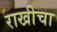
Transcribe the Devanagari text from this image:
राखीचा